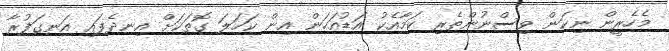
މެހެރީން ނިކަން ވިސްނުންތެރި ކަމާއެކު އަޑުއަހަން އިން ކަހަލަ ގޮތަކަށް އިނދެފައި އަނގަފުރާ